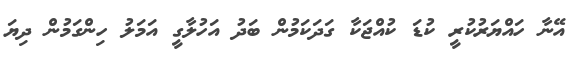
އޭނާ ހައްޔަރުކުރީ ކުޑަ ކުއްޖަކާ ގަދަކަމުން ބަދު އަހުލާގީ އަމަލު ހިންގަމުން ދިޔަ